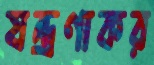
যন্ত্রণাকর